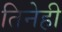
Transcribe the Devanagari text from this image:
तिनेही